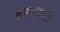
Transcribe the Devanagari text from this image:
करण्यची